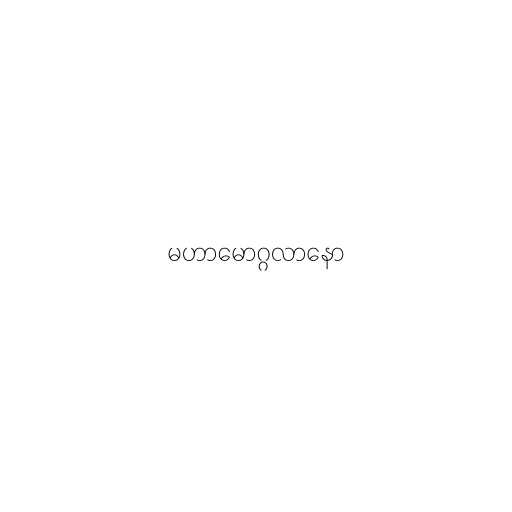
မဟာမောဂ္ဂလာနော